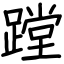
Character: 蹚